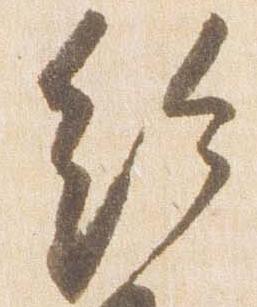
給